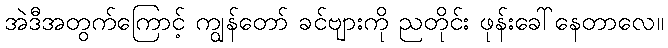
အဲဒီအတွက်ကြောင့် ကျွန်တော် ခင်ဗျားကို ညတိုင်း ဖုန်းခေါ်နေတာလေ။